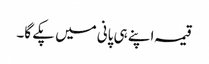
قیمہ اپنے ہی پانی میں پکے گا۔